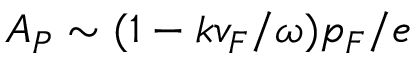
A _ { P } \sim ( 1 - k v _ { F } / \omega ) p _ { F } / e